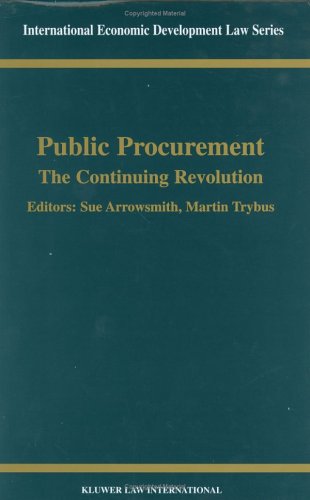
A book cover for Public Procurement (International Economic Development Law); Sue Arrowsmith; Law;